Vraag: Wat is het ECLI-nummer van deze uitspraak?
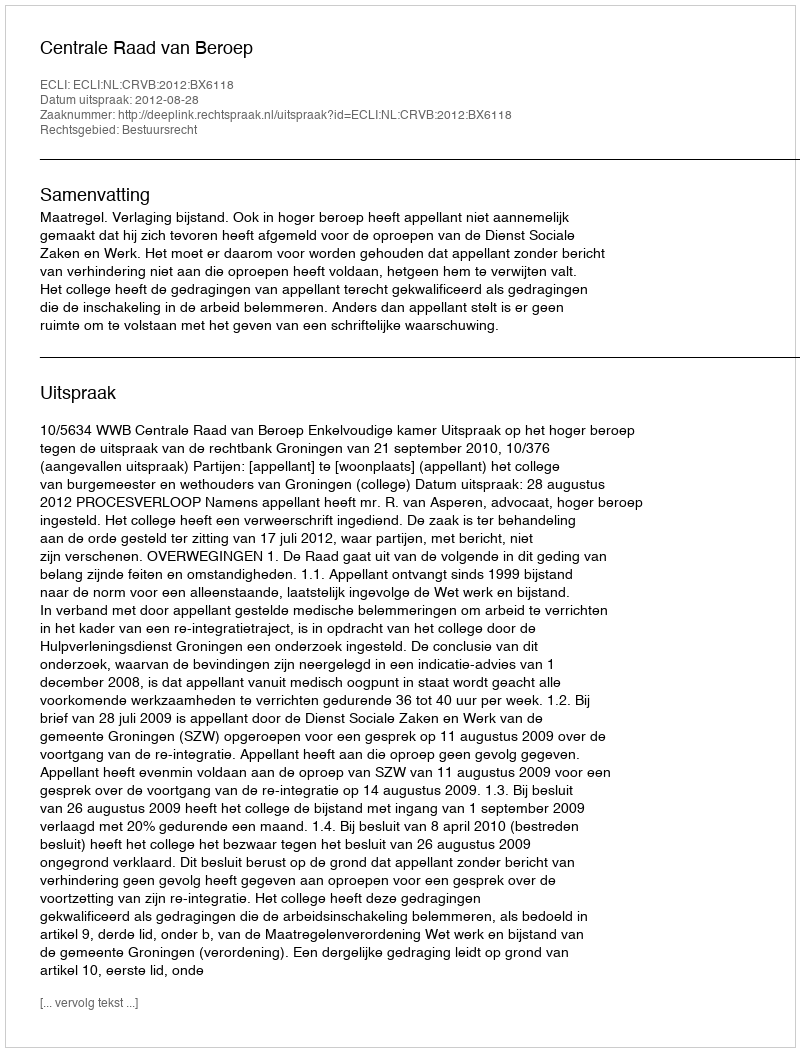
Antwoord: ECLI:NL:CRVB:2012:BX6118